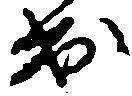
出